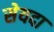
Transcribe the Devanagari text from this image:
सेयदा